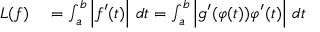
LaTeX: \begin{array} { r l } { L ( f ) } & { { } = \int _ { a } ^ { b } { \Big | } f ^ { \prime } ( t ) { \Big | } \ d t = \int _ { a } ^ { b } { \Big | } g ^ { \prime } ( \varphi ( t ) ) \varphi ^ { \prime } ( t ) { \Big | } \ d t } \end{array}